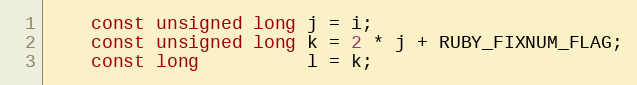
Language: C
    const unsigned long j = i;
    const unsigned long k = 2 * j + RUBY_FIXNUM_FLAG;
    const long          l = k;